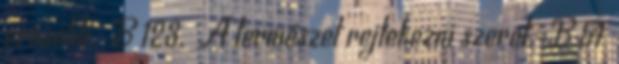
erősebb. B 123. A természet rejtekezni szeret. B 51